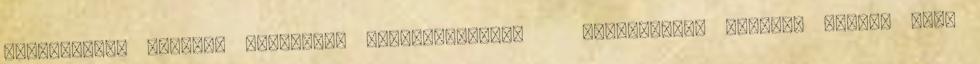
Értékesítői állások Telefonos kapcsolatépítő Értékesítői állások Büszke vagy